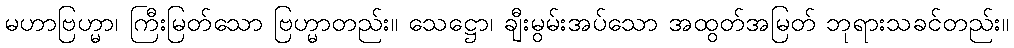
မဟာဗြဟ္မာ၊ ကြီးမြတ်သော ဗြဟ္မာတည်း။ သေဋ္ဌော၊ ချီးမွမ်းအပ်သော အထွတ်အမြတ် ဘုရားသခင်တည်း။